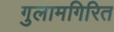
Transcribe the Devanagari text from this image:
गुलामगिरित